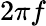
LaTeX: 2\pi f